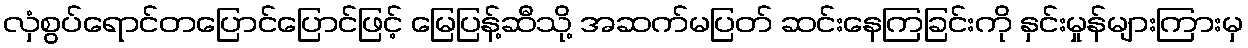
လှံစွပ်ရောင်တပြောင်ပြောင်ဖြင့် မြေပြန့်ဆီသို့ အဆက်မပြတ် ဆင်းနေကြခြင်းကို နှင်းမှုန်များကြားမှ